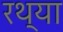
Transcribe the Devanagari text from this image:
रथ्या